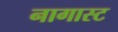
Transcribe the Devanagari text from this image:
नागास्ट